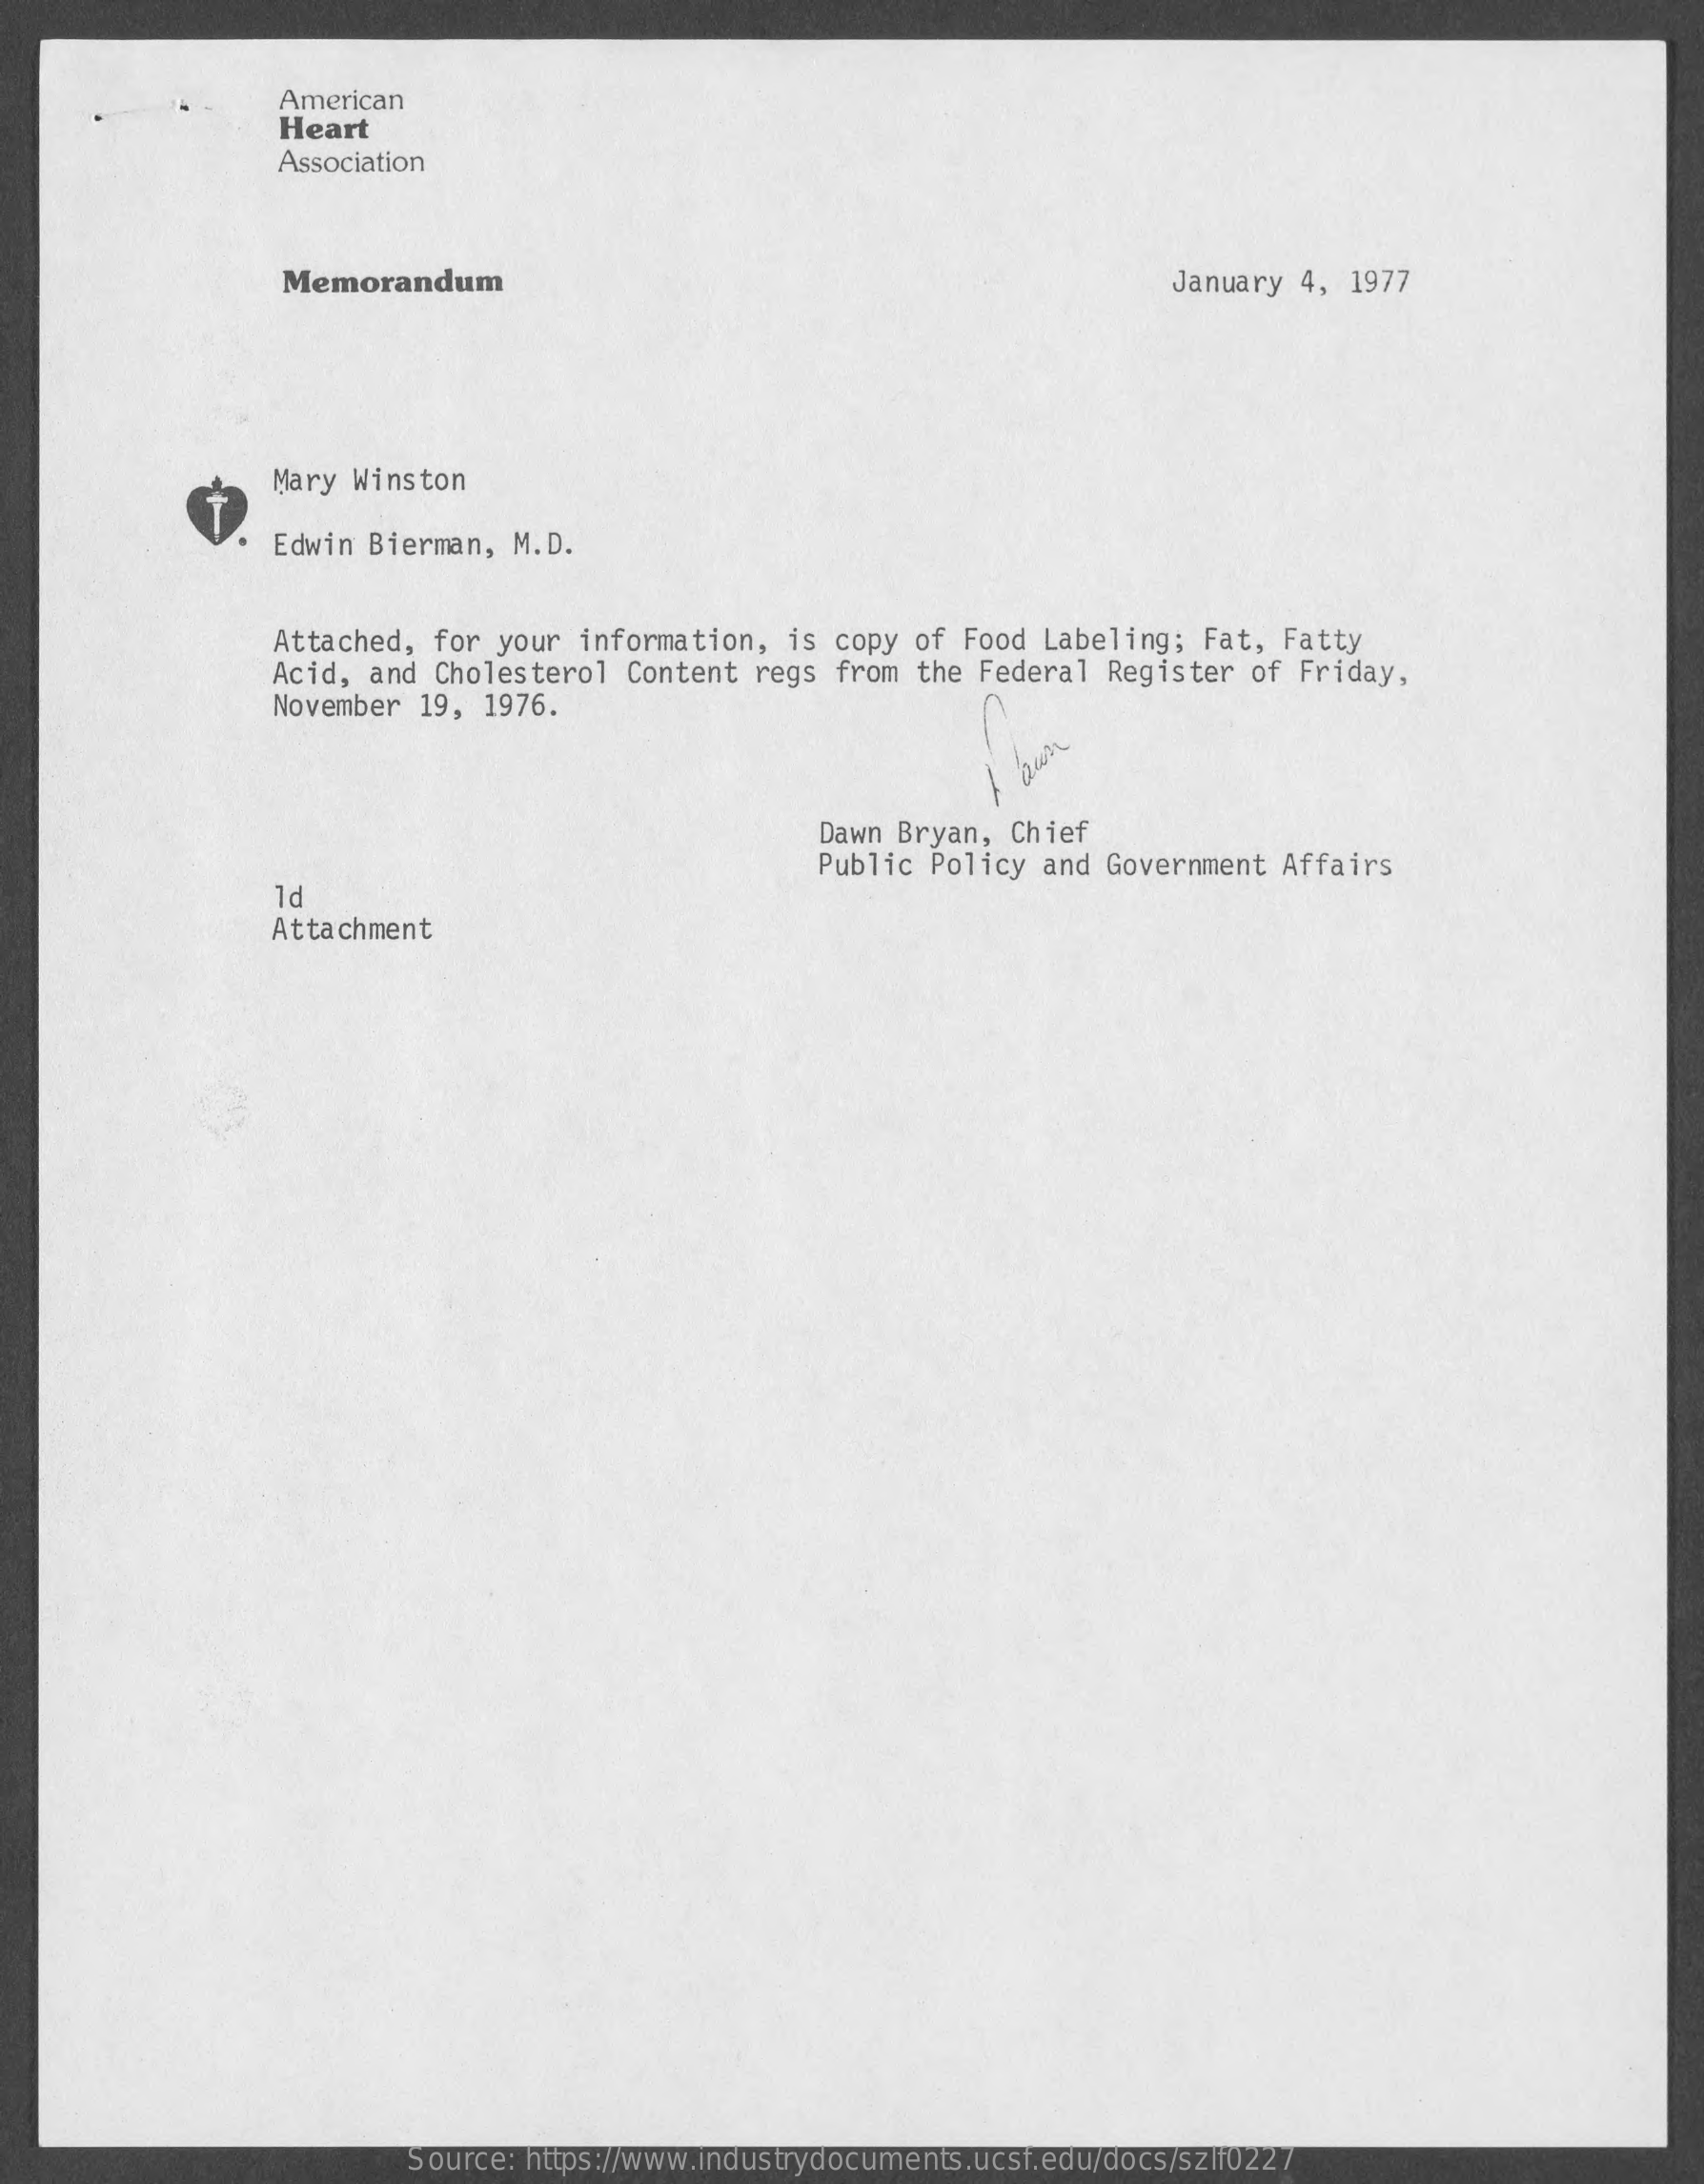
American
     Heart
     Association
     Memorandum    January 4, 1977
     Mary Winston
     Edwin Bierman, M.D.
     Attached, for your information, is copy of Food Labeling; Fat, Fatty
     Acid, and Cholesterol Content regs from the Federal Register of Friday,
     November 19, 1976.
     Dawn Bryan, Chief
     Public Policy and Government Affairs
     1d
     Attachment
     Source: https://www.industrydocuments.ucsf.edu/docs/szlf0227